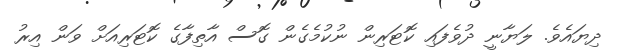
ދިޔައެވެ. ލަޔާނީ ދުވެފައި ކޮޓަރިން ނުކުމެގެން ގޮސް އާތިފާގެ ކޮޓަރިއަށް ވަން އިރު